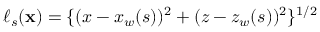
\ell _ { s } ( { \bf { x } } ) = \{ ( x - x _ { w } ( s ) ) ^ { 2 } + ( z - z _ { w } ( s ) ) ^ { 2 } \} ^ { 1 / 2 }